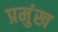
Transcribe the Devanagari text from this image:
प्रमुंख